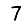
Digit: 7